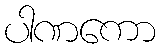
ပါဏကော